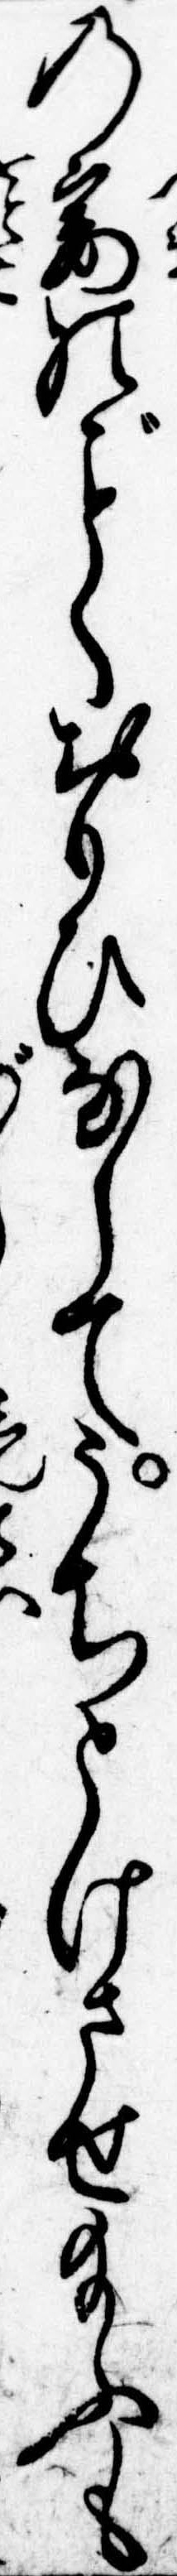
の妻のくおもひなしてうちとけさせ給ふも